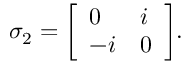
\sigma _ { 2 } = { \left[ \begin{array} { l l } { 0 } & { i } \\ { - i } & { 0 } \end{array} \right] } .